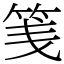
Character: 䇳